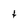
Character: f